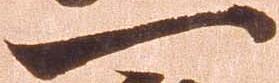
一